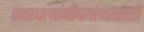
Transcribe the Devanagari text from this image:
सत्ताधार्‍यांनीच्त्यांच्यासाठी